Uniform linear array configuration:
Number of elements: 48
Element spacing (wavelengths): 0.5
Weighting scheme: cosine
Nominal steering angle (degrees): -30
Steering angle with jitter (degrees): -31.172
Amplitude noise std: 0.05
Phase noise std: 0.05

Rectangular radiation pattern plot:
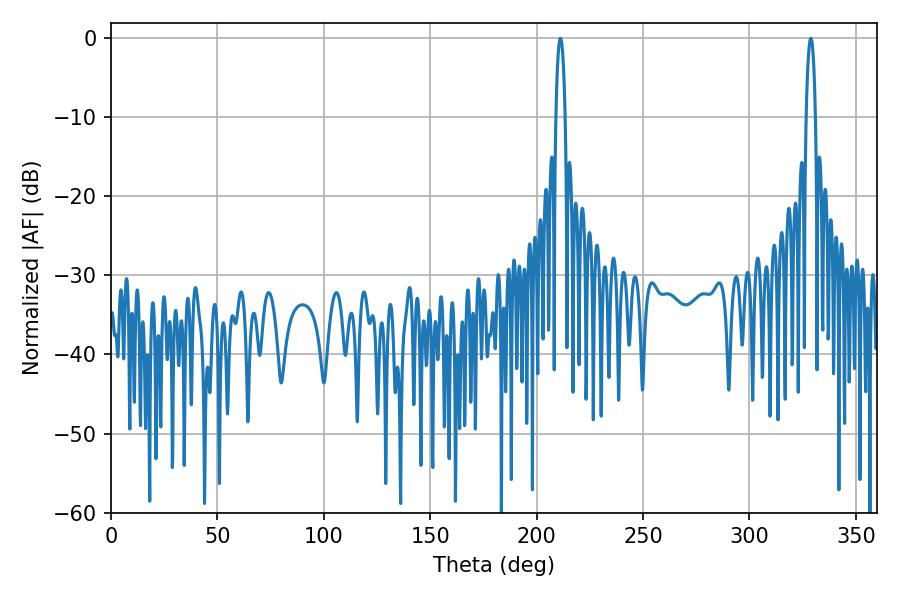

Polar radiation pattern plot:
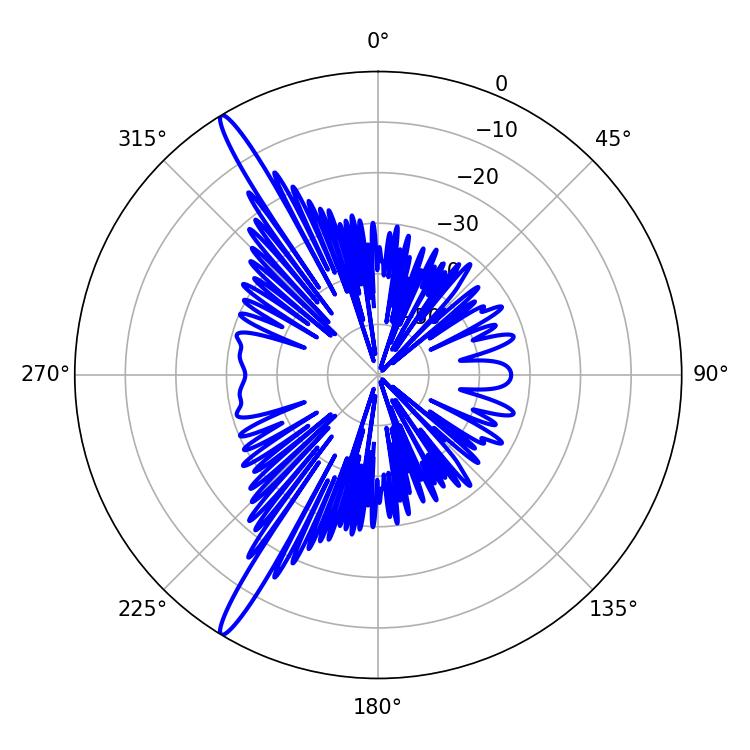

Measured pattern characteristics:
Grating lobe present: FALSE
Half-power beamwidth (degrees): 2.34
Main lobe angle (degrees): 211.14